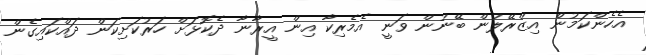
އެހެންކަމުން އިޒްރޭލުން ބޭނުން ވަނީ އެމެރިކާ އިން އީރާނާ ދެކޮޅަށް ހަރުކަށިކަން ދައްކައިގެން